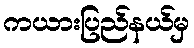
ကယားပြည်နယ်မှ